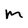
Character: M